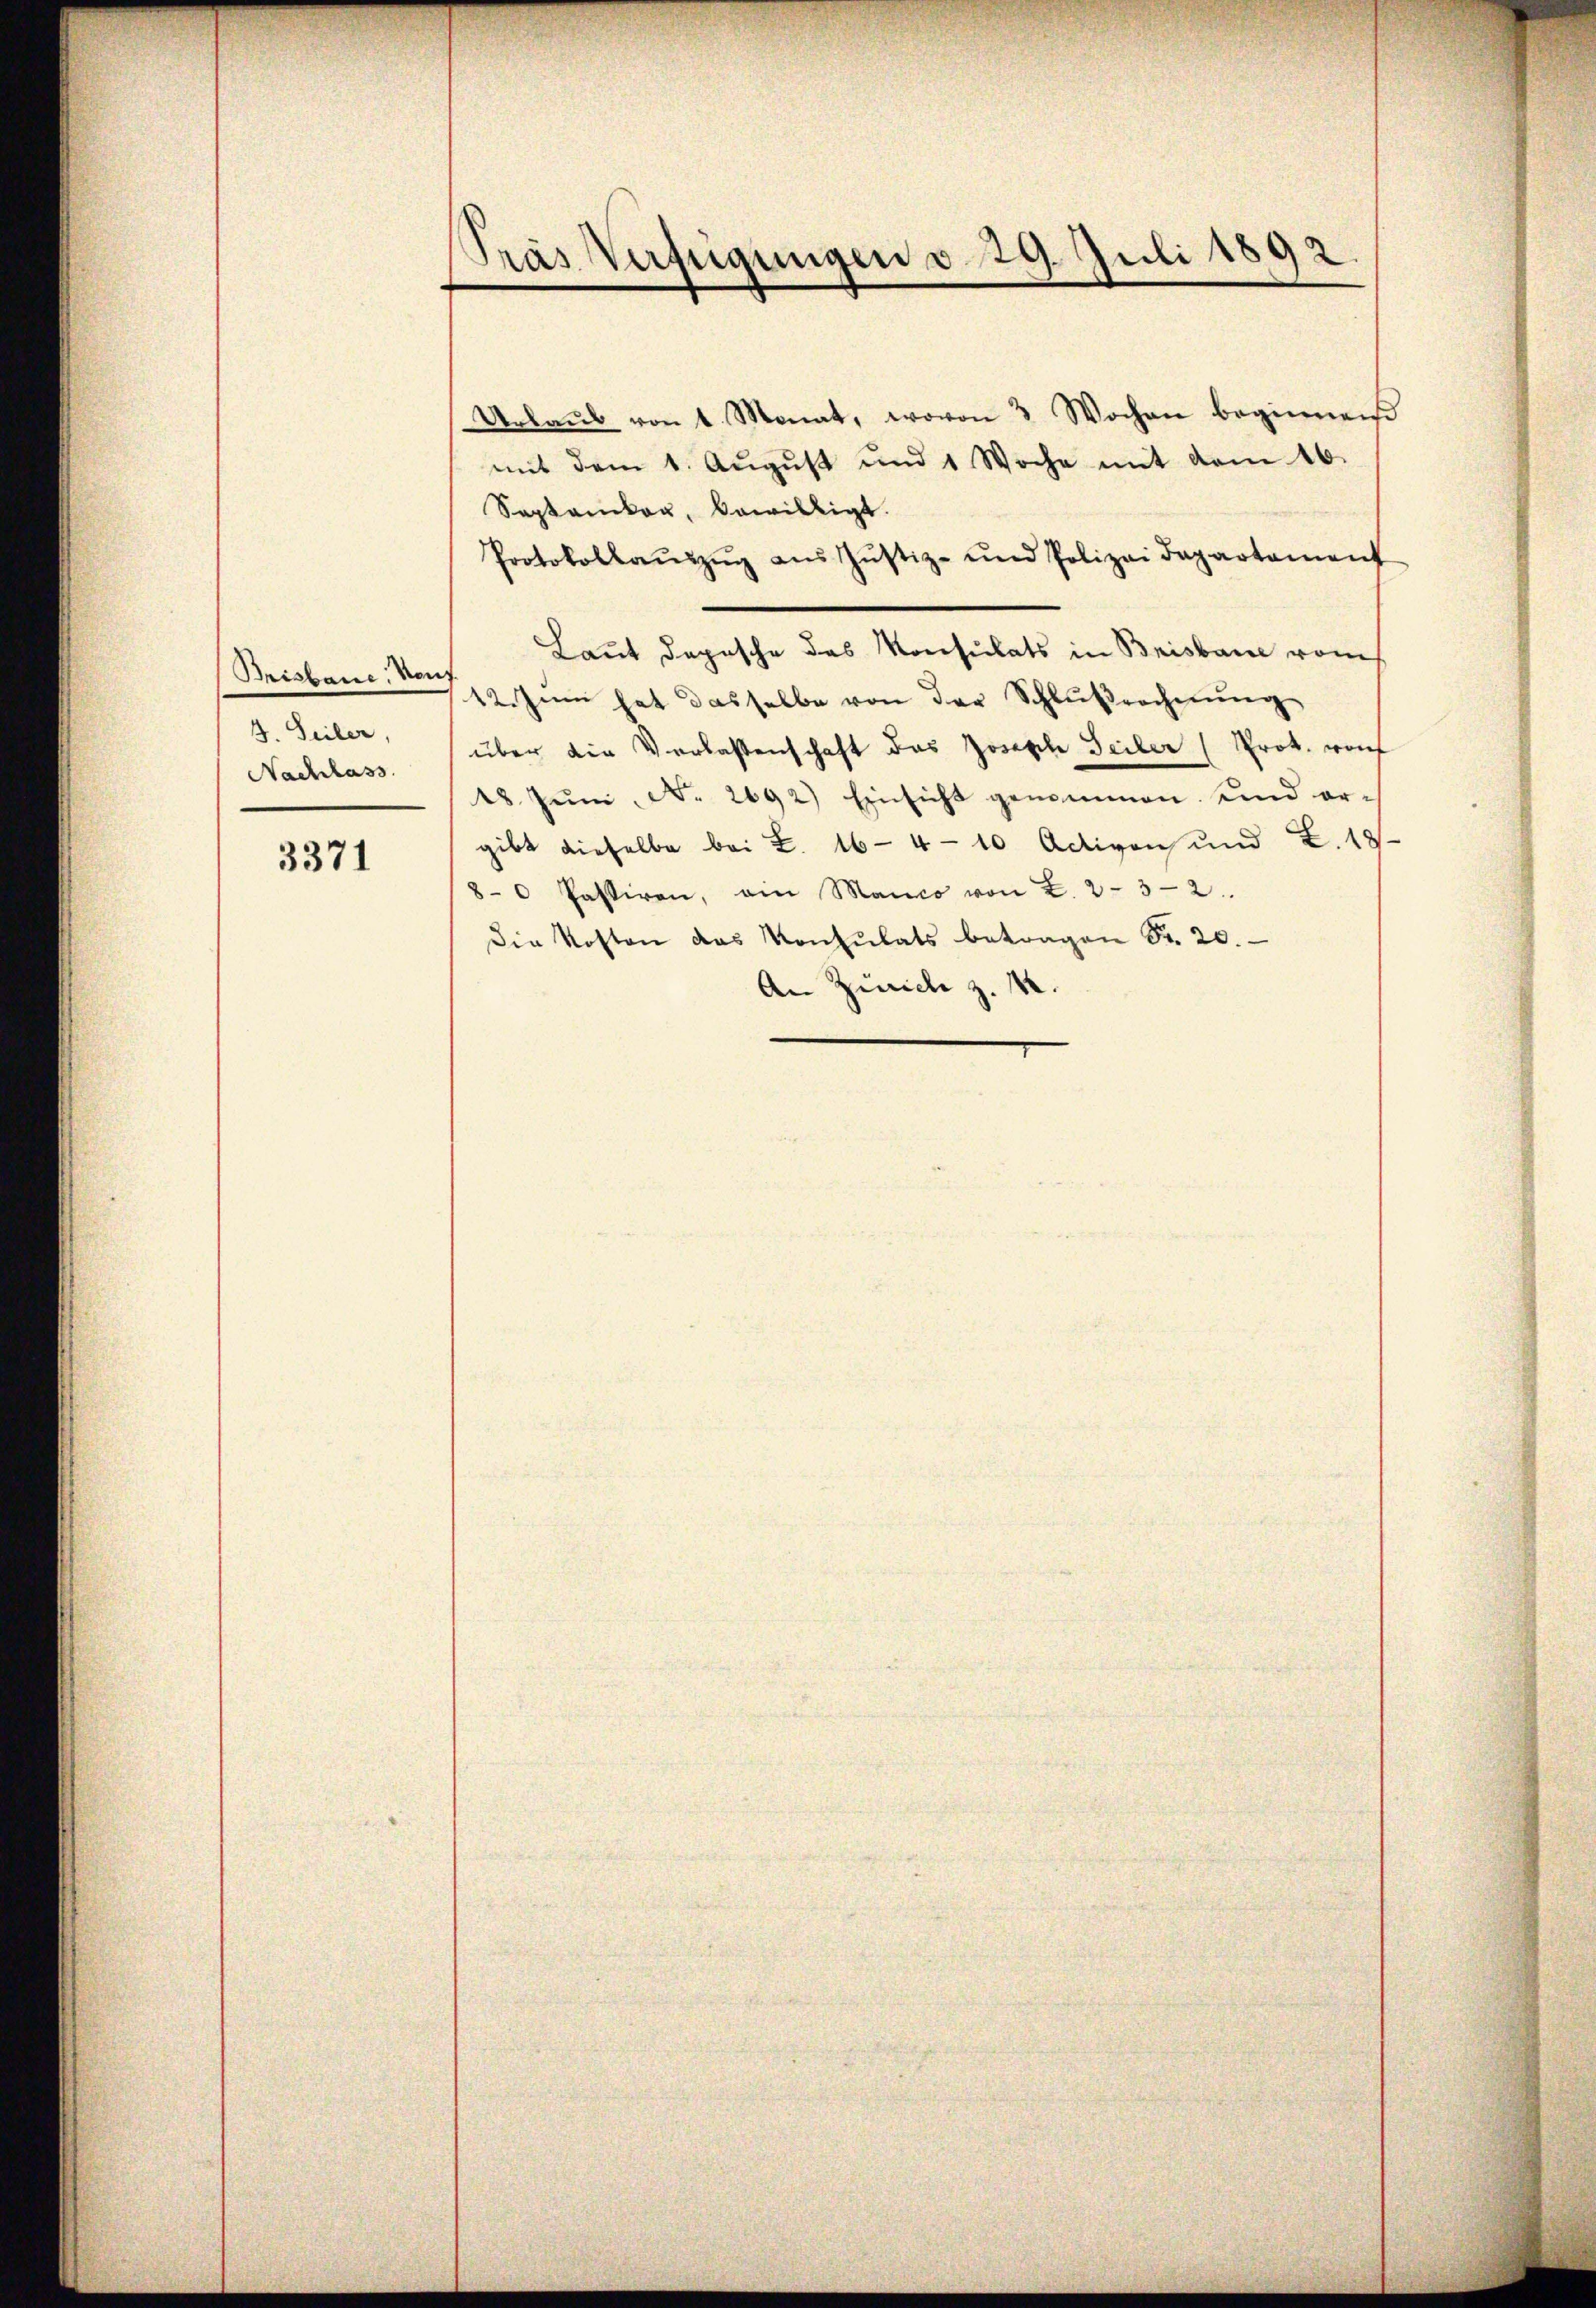
Brisbaue, Nas
3. Seiler,
Nachhass.

3371

Pras Verfügungen d. 29. Juli 1892

Urlaub von 1 Monat, wovon 3 Wochen beginnen
mit dem 1. Aŭgŭst und 1 Woche mit dem 16.
Saptamikon, bewilligt.
Protokollaŭszŭg aŭs Jŭstiz- und Polizeidepartament
Laut Depesche das Konsulats in Brisbare vom
12. Juni hat dasselbe von der Schlußrecherung
über die Verlassenschaft das Joseph Seiter (Prot. wof
18. Jŭni No 2692) Einsicht genommen und ergibt dieselbe bei Z. 16 - 4 - 10 Activen und Z. 18
80 Pastiren, ein Manco von Z. 232.
Die Kosten das Konsulats betragen Sr. 20.
An Zürich z. B.